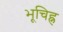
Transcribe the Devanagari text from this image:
भूचिह्न